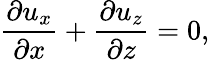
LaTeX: \frac{\partial u_{x}}{\partial x}+\frac{\partial u_{z}}{\partial z}=0,